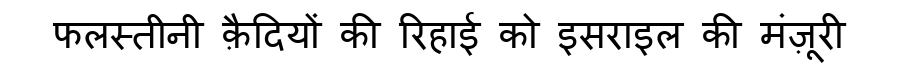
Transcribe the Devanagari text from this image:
फलस्तीनी क़ैदियों की रिहाई को इसराइल की मंज़ूरी